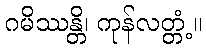
ဂမိဿန္တိ၊ ကုန်လတ္တံ့။